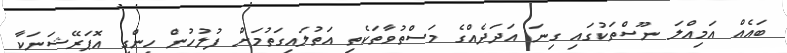
ބައެއް އަމިއްލަ ނޫސްތަކުގައި ގިނަ އަދަދެއްގެ މަސްތުވާތަކެތި އަތުލައިގަތުމަށް ފުލުހުން ހިންގި އޮޕަރޭޝަނަކާ